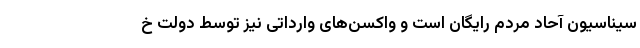
سیناسیون آحاد مردم رایگان است و واکسن‌های وارداتی نیز توسط دولت خ